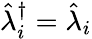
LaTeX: \hat{\lambda}_{i}^{\dagger}=\hat{\lambda}_{i}